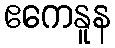
ဧကေနူန